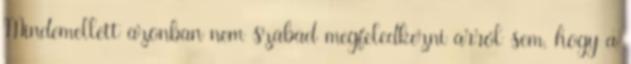
Mindemellett azonban nem szabad megfeledkezni arról sem, hogy a